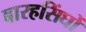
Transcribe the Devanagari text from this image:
बारहसिंघों